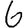
Digit: 6